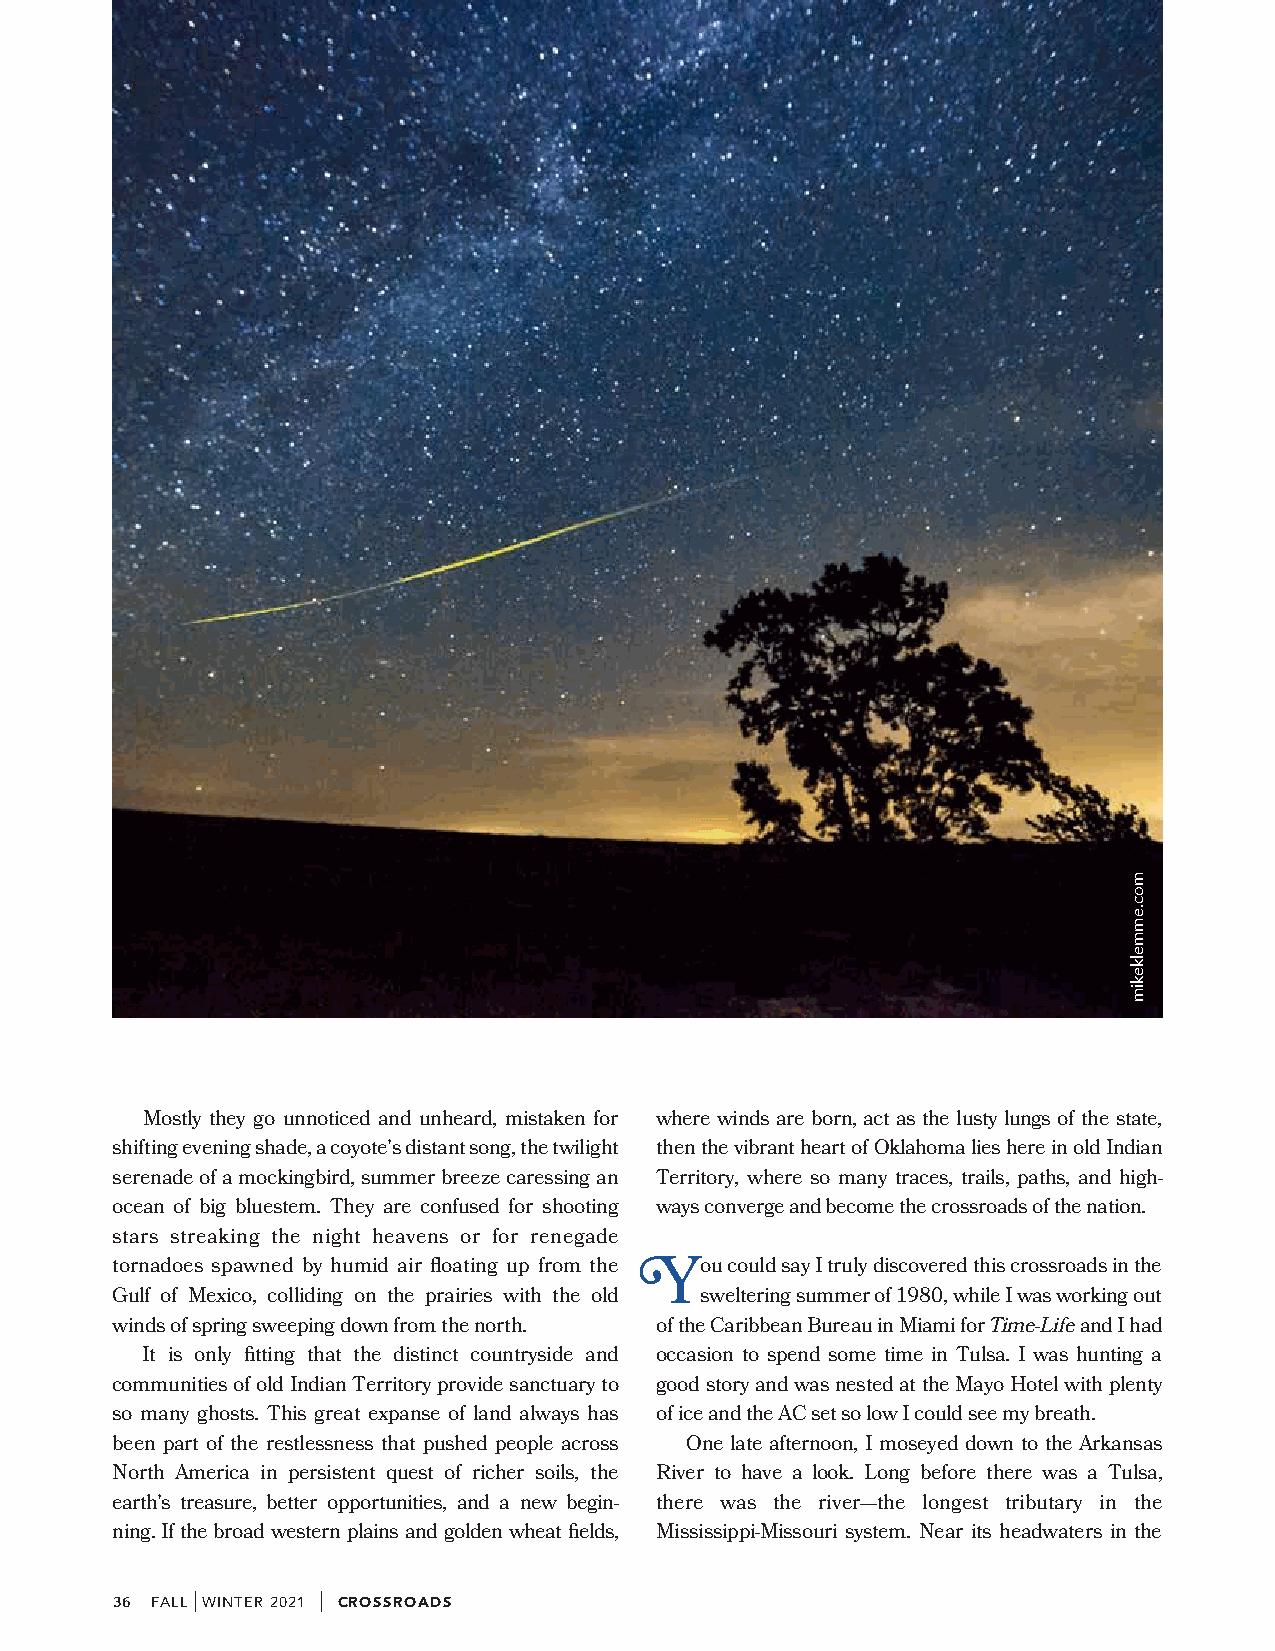
Mostly they go unnoticed and unheard, mistaken for where winds are born, act as the lusty lungs of the state,
 shifting evening shade, a coyote’s distant song, the twilight then the vibrant heart of Oklahoma lies here in old Indian
 serenade of a mockingbird, summer breeze caressing an Territory, where so many traces, trails, paths, and high-
 ocean of big bluestem. They are confused for shooting ways converge and become the crossroads of the nation.
 stars streaking the night heavens or for renegade
 tornadoes spawned by humid air floating up from the ou could say I truly discovered this crossroads in the
 Y
 Gulf of Mexico, colliding on the prairies with the old sweltering summer of 1980, while I was working out
 winds of spring sweeping down from the north. of the Caribbean Bureau in Miami for Time-Life and I had
 It is only fitting that the distinct countryside and occasion to spend some time in Tulsa. I was hunting a
 communities of old Indian Territory provide sanctuary to good story and was nested at the Mayo Hotel with plenty
 so many ghosts. This great expanse of land always has of ice and the AC set so low I could see my breath.
 been part of the restlessness that pushed people across One late afternoon, I moseyed down to the Arkansas
 North America in persistent quest of richer soils, the River to have a look. Long before there was a Tulsa,
 earth’s treasure, better opportunities, and a new begin- there was the river— the longest tributary in the
 ning. If the broad western plains and golden wheat fields, Mississippi-Missouri system. Near its headwaters in the
 36 FALL
 |
 WINTER 2021
 |
 CROSSROADS
 moc.emmelkekim